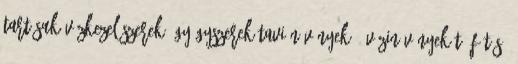
tartásuk Vízkezelőszerek, gyógyszerek Tavi növények - vízinövények Tó fűtés,